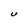
Character: U